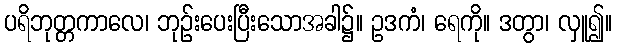
ပရိဘုတ္တကာလေ၊ ဘုဉ်းပေးပြီးသောအခါ၌။ ဥဒကံ၊ ရေကို။ ဒတွာ၊ လှူ၍။